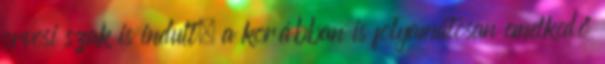
orvosi szak is indult, a korábban is folyamatosan emelkedő